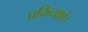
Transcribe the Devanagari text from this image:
प्रक्रियाएं।